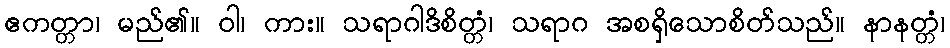
ဧကတ္တာ၊ မည်၏။ ဝါ၊ ကား။ သရာဂါဒိစိတ္တံ၊ သရာဂ အစရှိသောစိတ်သည်။ နာနတ္တံ၊